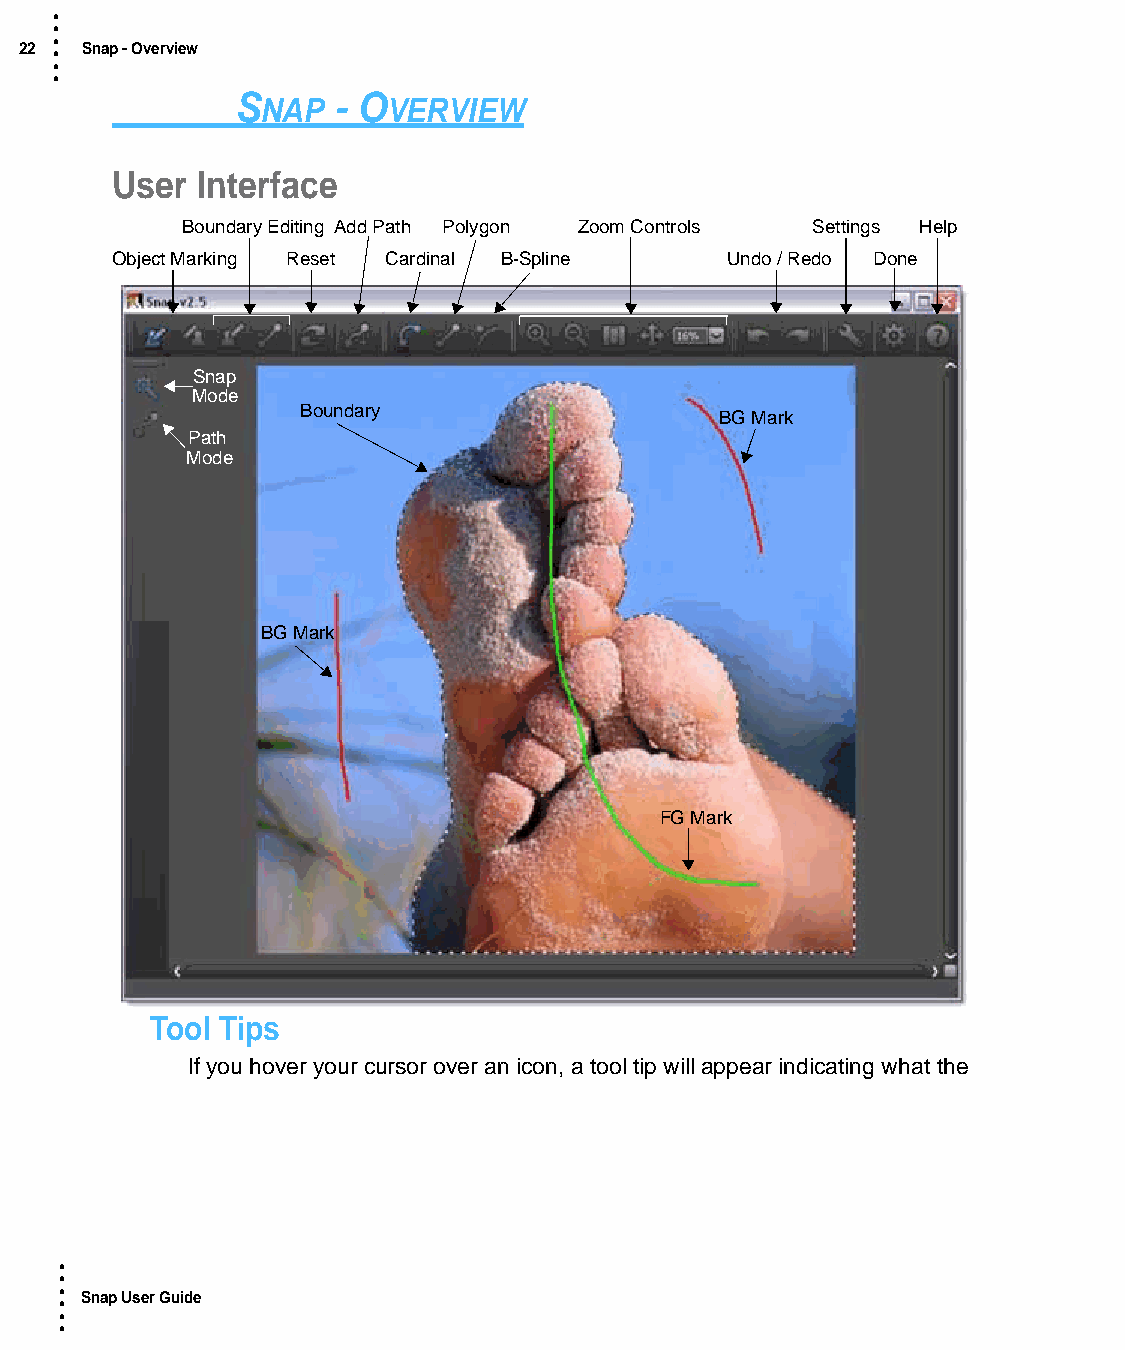
•
 •
 •
 22 • Snap - Overview
 •
 •
 S     - O
 NAP      VERVIEW
 User  Interface
 Boundary Editing Add Path Polygon Zoom Controls Settings Help
 Object Marking Reset Cardinal B-Spline   Undo / Redo Done
 Snap
 Mode
 Boundary
 BG Mark
 Path
 Mode
 BG Mark
 FG Mark
 Tool Tips
 If you hover your cursor over an icon, a tool tip will appear indicating what the
 •
 •
 •
 • Snap User Guide
 •
 •